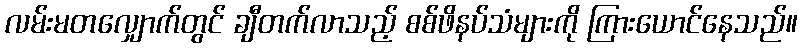
လမ်းမတလျှောက်တွင် ချီတက်လာသည့် စစ်ဖိနပ်သံများကို ကြားယောင်နေသည်။